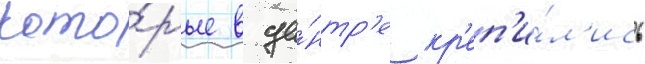
кото́рые в це́нтр'е кр'еп'и́л'ись